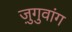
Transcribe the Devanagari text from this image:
ज़ुगुवांग